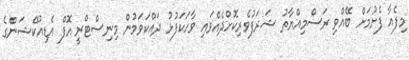
މިފެއާ ފެށުމަށް ބޭއްވި ރަސްމިއްޔާތު ޝަރަފުވެރިކޮށްދެއްވައި ވާހަކަފުޅު ދައްކަވަމުން މިނިސްޓްރީ އޮފް އެޑިއުކޭޝަންގެ